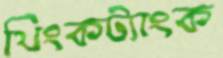
থিংকট্যাংক